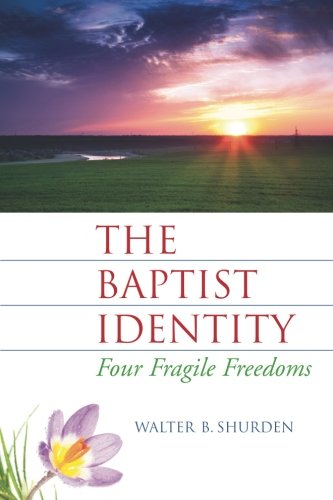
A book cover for The Baptist Identity: Four Fragile Freedoms; Walter B Shurden; Christian Books & Bibles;